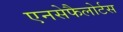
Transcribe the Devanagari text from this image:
एनसेफैलोर्टस